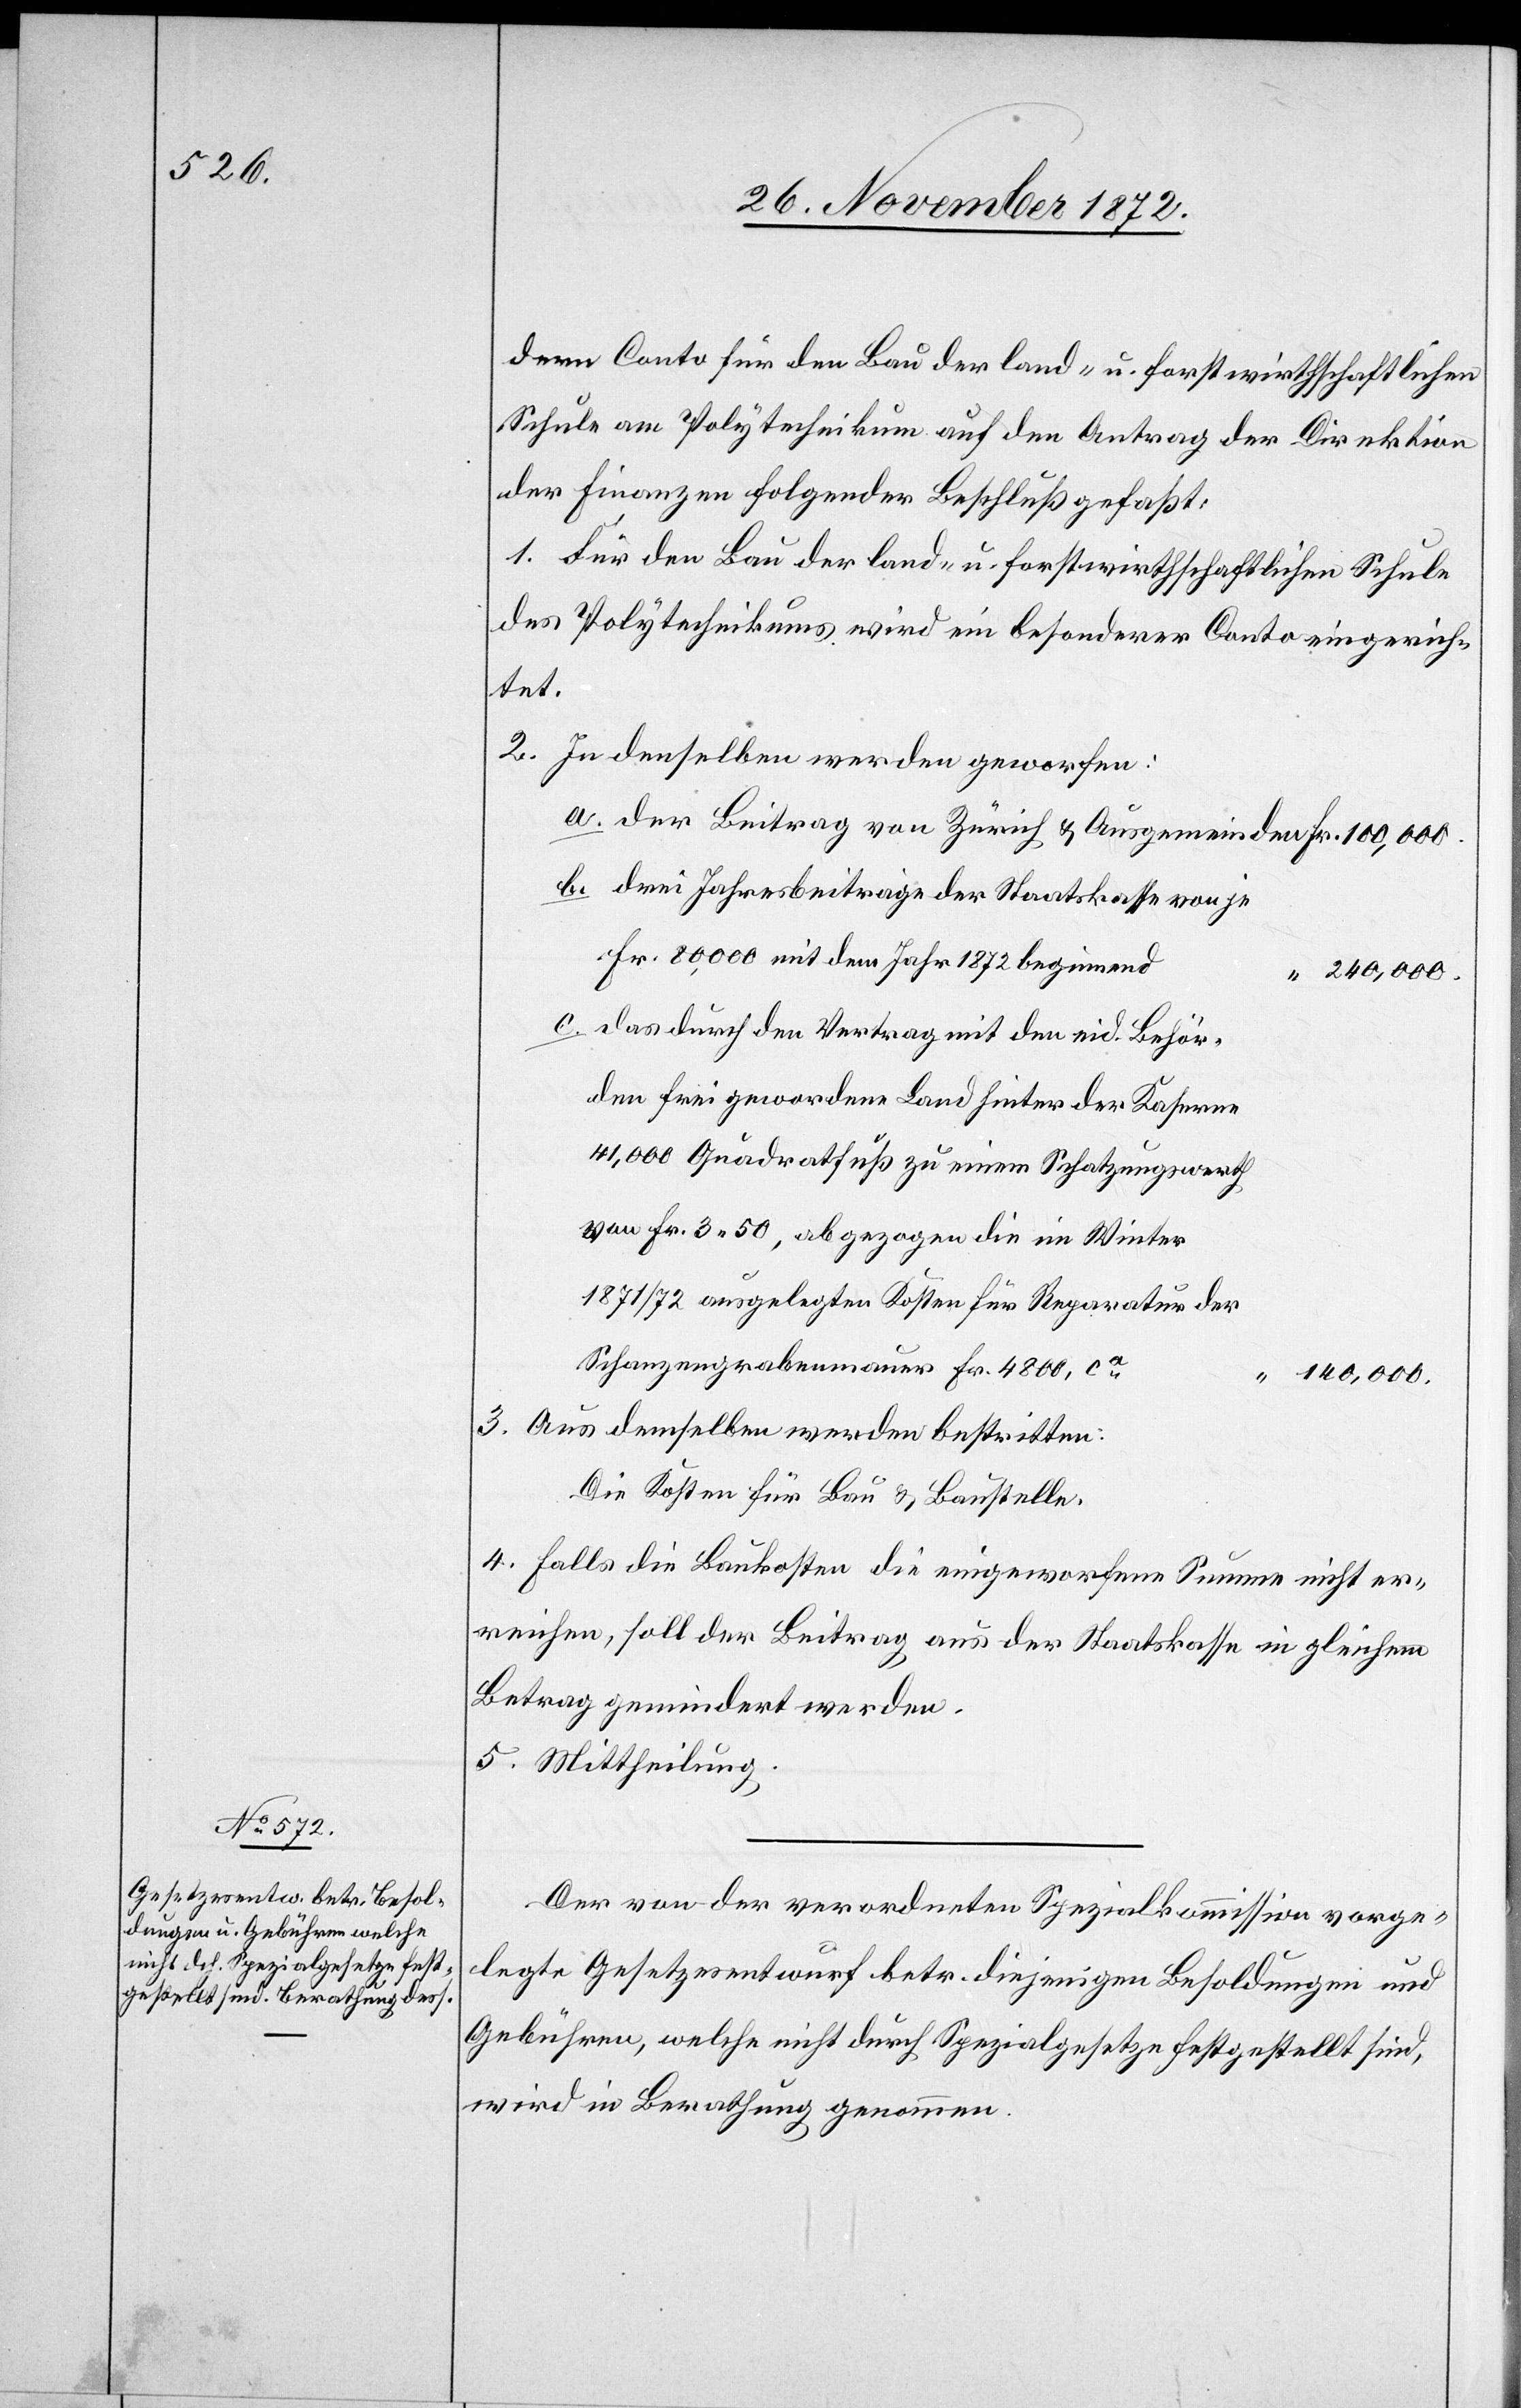
dern Conto für den Bau der land- u. forstwirthschaftlichen
Schule am Polytechnikum auf den Antrag der Direktion
der Finanzen folgender Beschluß gefaßt:
1. Für den Bau der land- u. forstwirthschaftlichen Schule
des Polytechnikums wird ein besonderer Conto eingerich¬
tet.
2. In denselben werden geworfen:
drei Jahresbeiträge der Staatskasse von je
Fr. 80,000 mit dem Jahr 1872 beginnend
240,000.
das durch den Vertrag mit den eid. Behör¬
den frei gewordene Land hinter der Kaserne
41,000 Quadratfuß zu einem Schatzungswerth
von Fr. 3 50, abgezogen die im Winter
1871/72 ausgelegten Kosten für Reparatur der
Schanzengrabenmauer Fr. 4 800, ca
140,000.
3. Aus demselben werden bestritten:
Die Kosten für Bau u. Baustelle.
4. Falls die Baukosten die eingeworfene Summe nicht er¬
reichen, soll der Betrag aus der Staatskasse in gleichem
Betrag gemindert werden.
5. Mittheilung.
Der von der verordneten Spezialkommission vorge¬
legte Gesetzesentwurf betr. diejenigen Besoldungen und
Gebühren, welche nicht durch Spezialgesetze festgestellt sind,
wird in Berathung genommen.